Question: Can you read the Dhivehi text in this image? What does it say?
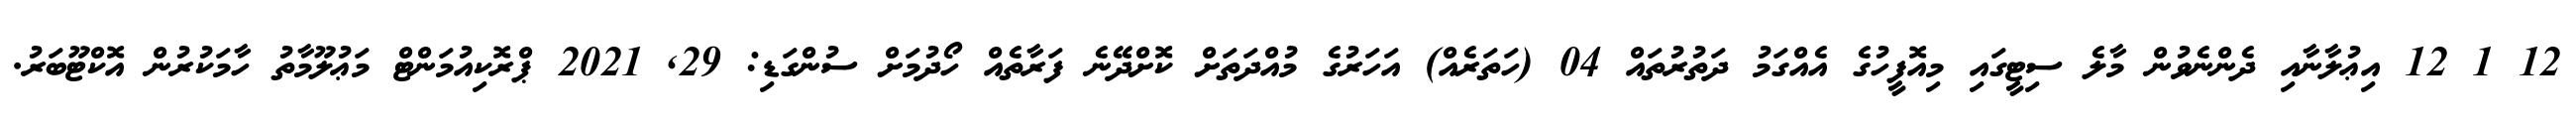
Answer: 12 1 12 އިޢުލާނާއި ދެންނެވުން މާލެ ސިޓީގައި މިއޮފީހުގެ އެއްގަމު ދަތުރުތައް 04 (ހަތަރެއް) އަހަރުގެ މުއްދަތަށް ކޮށްދޭނެ ފަރާތެއް ހޯދުމަށް ސުންގަޑި: 29, 2021 ޕްރޮކިއުމަންޓް މަޢުލޫމާތު ހާމަކުރުން އޮކްޓޫބަރު.